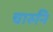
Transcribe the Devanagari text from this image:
चारुनि